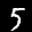
Label: 5